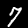
Label: 7